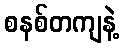
စနစ်တကျနဲ့